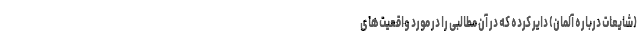
(شایعات درباره آلمان) دایر کرده که در آن مطالبی را در مورد واقعیت‌های